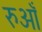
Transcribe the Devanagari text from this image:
रुआँ